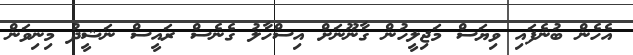
އެހެން ބުނެފައި ވިޔަސް މަޖިލީހުން ގާނޫނަށް އިސްހާލު ގެނެސް ރައީސް ނަޝީދު މިނިވަން